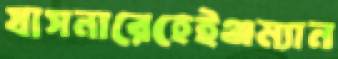
যাসনারেহেইঞ্জম্যান